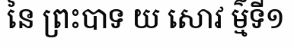
នៃ ព្រះបាទ យ សោវ ម៌្មទី១